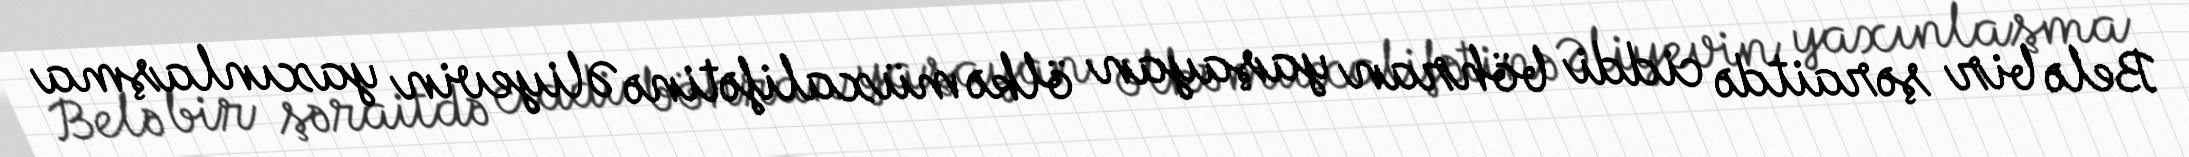
Belə bir şəraitdə ciddi böhran yaşayan ölkə müxalifətinə Əliyevin yaxınlaşma